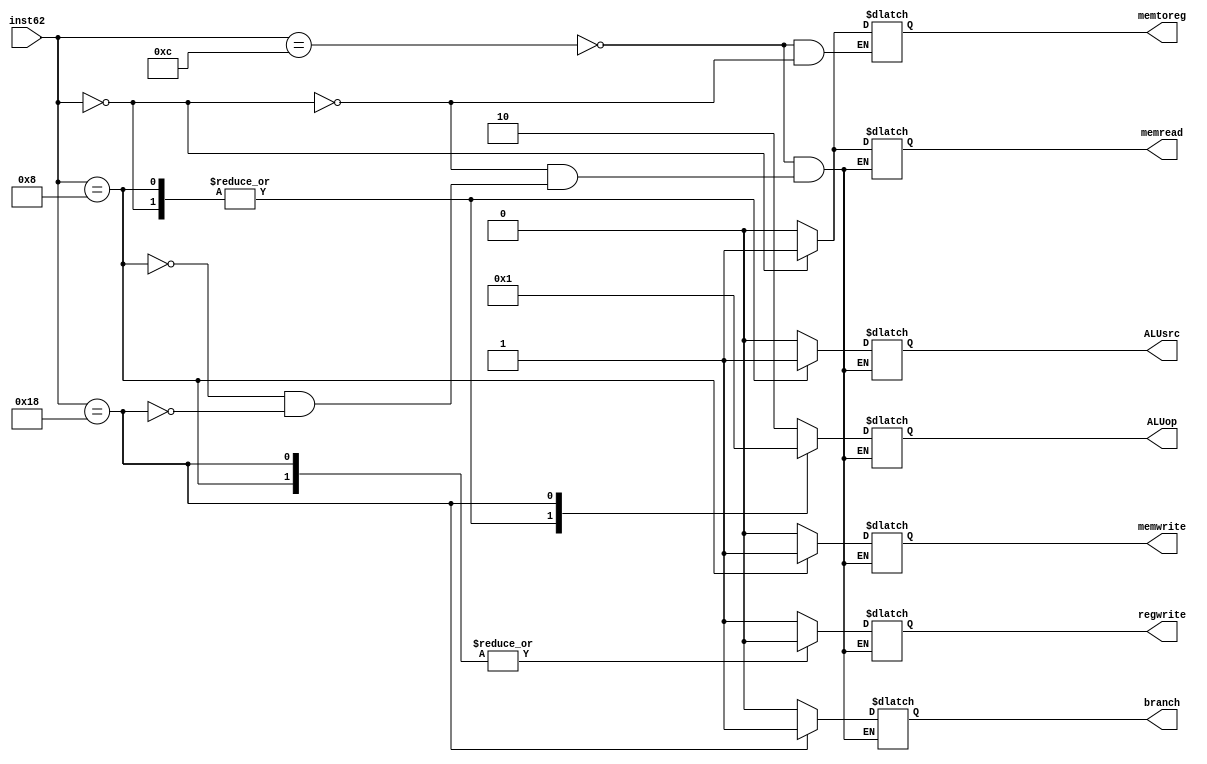
`timescale 1ns / 1ps
//////////////////////////////////////////////////////////////////////////////////
// Company: 
// Engineer: 
// 
// Design Name: 
// Module Name: cu
// Project Name: 
// Target Devices: 
// Tool Versions: 
// Description: 
// 
// Dependencies: 
// 
// Revision:
// Revision 0.01 - File Created
// Additional Comments:
// 
//////////////////////////////////////////////////////////////////////////////////


module cu(
    input [4:0] inst62,
    output reg branch,
    output reg memread,
    output reg memtoreg,
    output reg [1:0] ALUop,
    output reg memwrite,
    output reg ALUsrc,
    output reg regwrite
    );
    
    always@* begin
        case(inst62)
            5'b01100: begin branch = 0; memread = 0; memtoreg = 0; ALUop = 2; memwrite = 0; ALUsrc = 0; regwrite = 1; end
            5'b00000: begin branch = 0; memread = 1; memtoreg = 1; ALUop = 0; memwrite = 0; ALUsrc = 1; regwrite = 1; end
            5'b01000: begin branch = 0; memread = 0; ALUop = 0; memwrite = 1; ALUsrc = 1; regwrite = 0; end
            5'b11000: begin branch = 1; memread = 0; ALUop = 1; memwrite = 0; ALUsrc = 0; regwrite = 0; end
        endcase
    end
endmodule